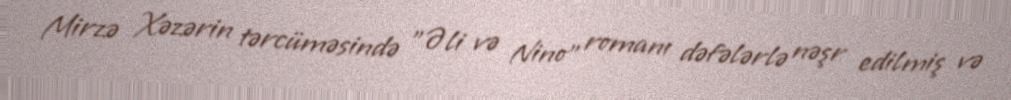
Mirzə Xəzərin tərcüməsində "Əli və Nino" romanı dəfələrlə nəşr edilmiş və